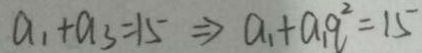
a _ { 1 } + a _ { 3 } = 1 5 \Rightarrow a _ { 1 } + a _ { 1 } q ^ { 2 } = 1 5